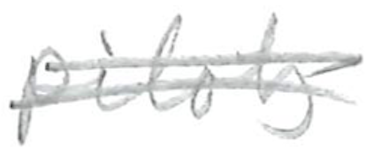
Text: pilots
Cross-out: mix
Writing tool: pencil